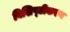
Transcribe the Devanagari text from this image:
विशिष्‍टीकरण